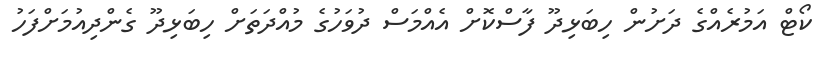
ކޯޓް އަމުރެއްގެ ދަށުން ހިބަޅިދޫ ފާސްކޮށް އެއްމަސް ދުވަހުގެ މުއްދަތަށް ހިބަޅިދޫ ގެންދިއުމަށްފަހު